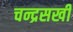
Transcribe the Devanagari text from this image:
चन्द्रसखी